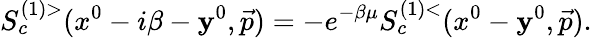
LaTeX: S_{c}^{(1)>}(x^{0}-i\beta-\mathbf{y}^{0},\vec{{p}})=-e^{-\beta\mu}S_{c}^{(1)<}(x^{0}-\mathbf{y}^{0},\vec{{p}}).